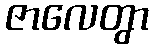
ဇာလေတွာ